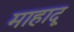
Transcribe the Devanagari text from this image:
माहादू